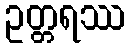
ဥတ္တရဿ